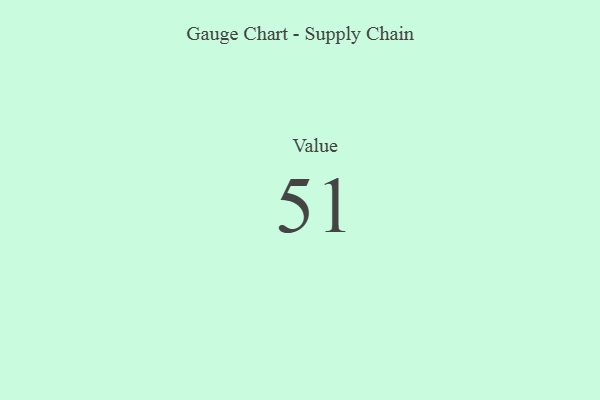
{"axis": {"x": "Metric", "y": "Value"}, "legend": [""], "data": [{"x": "Value", "y": 51, "type": ""}]}